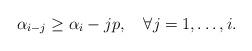
LaTeX: \begin{align*}\alpha_{i-j}\geq \alpha_i-jp,\quad\forall j=1,\ldots,i.\end{align*}